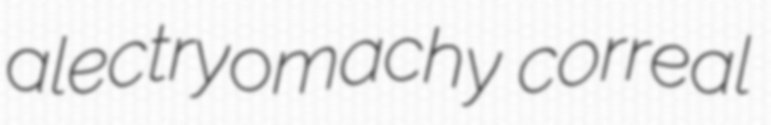
alectryomachy correal